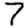
Digit: 7